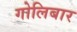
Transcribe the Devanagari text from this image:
गोलिबार